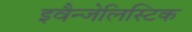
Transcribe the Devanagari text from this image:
इवैन्जेलिस्टिक